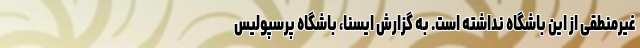
غیرمنطقی از این باشگاه نداشته است. به گزارش ایسنا، باشگاه پرسپولیس